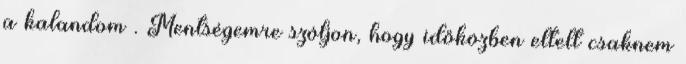
a kalandom . Mentségemre szóljon, hogy időközben eltelt csaknem